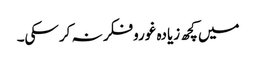
میں کچھ زیادہ غوروفکر نہ کرسکی۔